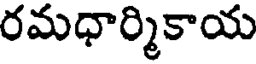
రమధార్మికాయ